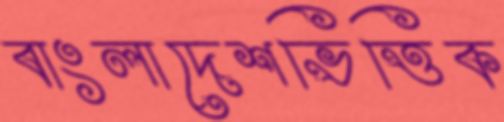
বাংলাদেশভিত্তিক